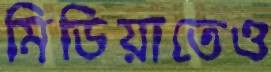
মিডিয়াতেও